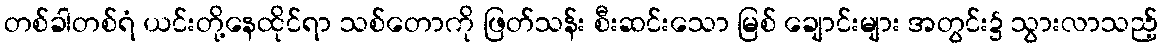
တစ်ခါတစ်ရံ ယင်းတို့နေထိုင်ရာ သစ်တောကို ဖြတ်သန်း စီးဆင်းသော မြစ် ချောင်းများ အတွင်း၌ သွားလာသည့်